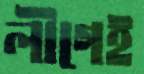
লীগেই